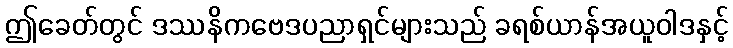
ဤခေတ်တွင် ဒဿနိကဗေဒပညာရှင်များသည် ခရစ်ယာန်အယူဝါဒနှင့်